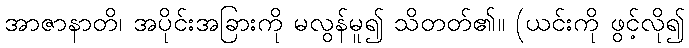
အာဇာနာတိ၊ အပိုင်းအခြားကို မလွန်မူ၍ သိတတ်၏။ (ယင်းကို ဖွင့်လို၍